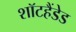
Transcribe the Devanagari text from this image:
शॉटहैंडेड